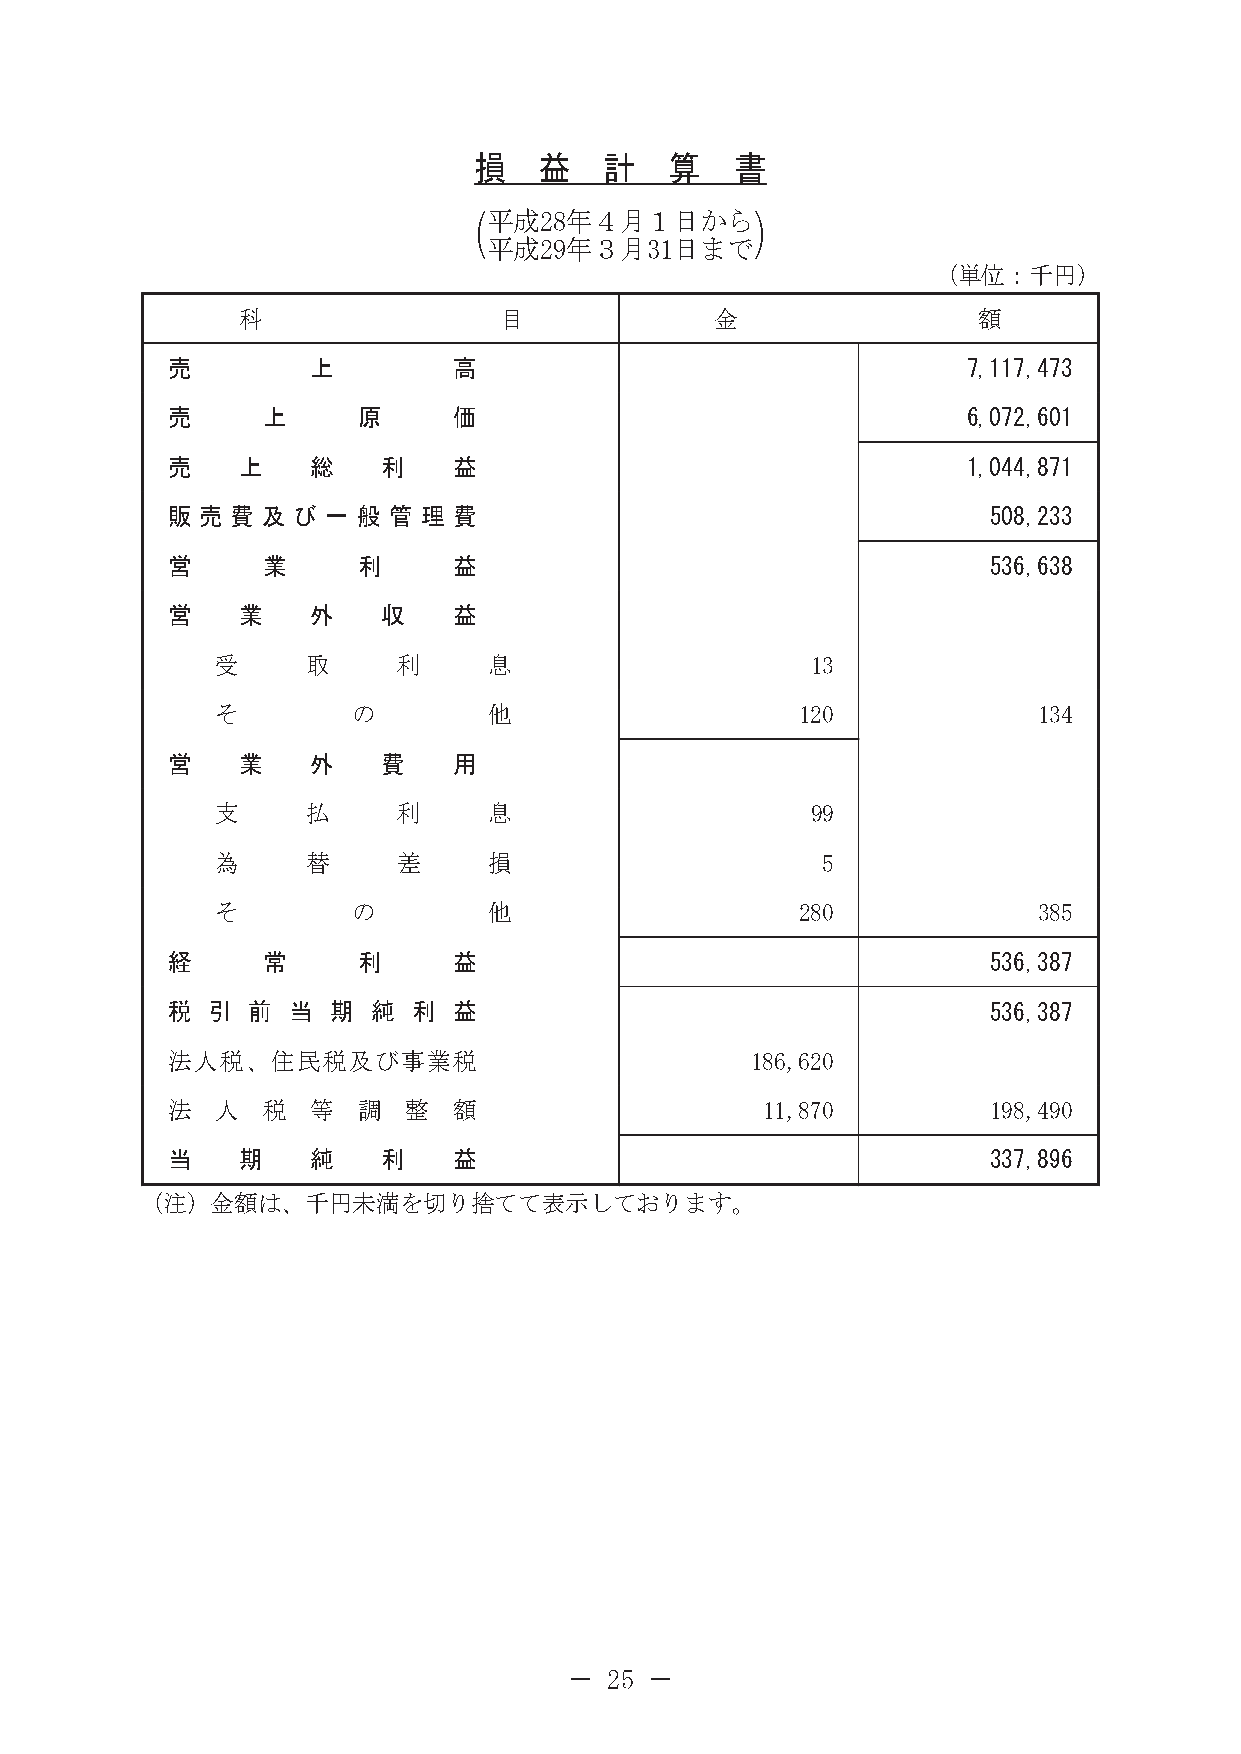
損    益   計   算    書
 (平成28年４月１日から)
 平成29年３月31日まで
 （単位：千円）
 科                目             金                 額
 売         上        高                                 7,117,473
 売     上      原     価                                 6,072,601
 売    上    総   利    益                                 1,044,871
 販 売 費 及 び  一 般 管 理 費                                   508,233
 営     業      利     益                                   536,638
 営    業    外   収    益
 受     取     利     息                     13
 そ        の        他                    120             134
 営    業    外   費    用
 支     払     利     息                     99
 為     替     差     損                     5
 そ        の        他                    280             385
 経     常      利     益                                   536,387
 税  引 前  当  期  純 利  益                                   536,387
 法人税、住民税及び事業税                           186,620
 法  人  税   等  調  整  額                   11,870          198,490
 当    期    純   利    益                                   337,896
 （注）金額は、千円未満を切り捨てて表示しております。
 － 25 －